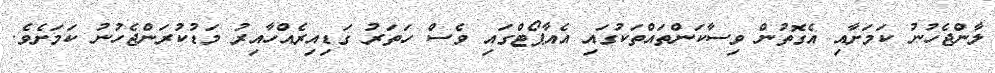
ލާންޖެހުނު ކަމަށާއި އެގޮތުން ވިސާކަންތައްތަކުގައި އެއާޕޯޓްގައި ވެސް ހަތަރު ގަޑިއިރެއްހާއިރު މަޑުކުރަންޖެހުނު ކަމަށެވެ.